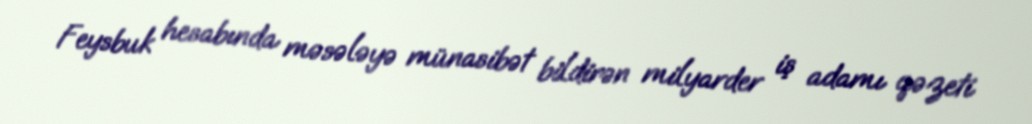
Feysbuk hesabında məsələyə münasibət bildirən milyarder iş adamı qəzeti